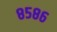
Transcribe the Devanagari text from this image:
८५८६